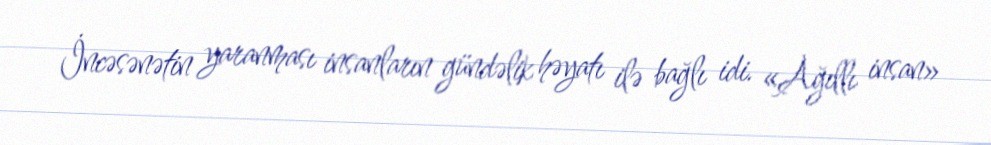
İncəsənətin yaranması insanların gündəlik həyatı ilə bağlı idi. «Ağıllı insan»